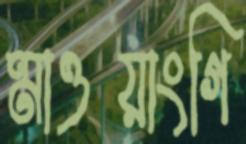
মাওয়াংগি